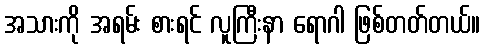
အသားကို အရမ်း စားရင် လူကြီးနာ ရောဂါ ဖြစ်တတ်တယ်။